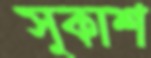
সুকাশ